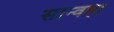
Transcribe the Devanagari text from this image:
सान्वहा